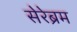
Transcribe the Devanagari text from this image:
सेरेब्रम